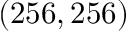
( 2 5 6 , 2 5 6 )